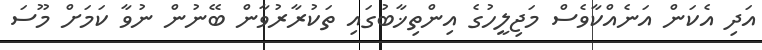
އަދި އެކަން އަނެއްކާވެސް މަޖިލީހުގެ އިންތިޚާބުގައި ތަކުރާރުވާން ބޭނުން ނުވާ ކަމަށް މޫސަ